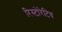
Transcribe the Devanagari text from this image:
रिस्टोरेटिव